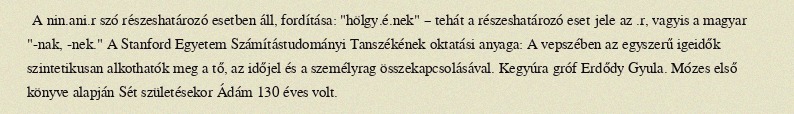
A nin.ani.r szó részeshatározó esetben áll, fordítása: "hölgy.é.nek" – tehát a részeshatározó eset jele az .r, vagyis a magyar "-nak, -nek." A Stanford Egyetem Számítástudományi Tanszékének oktatási anyaga: A vepszében az egyszerű igeidők szintetikusan alkothatók meg a tő, az időjel és a személyrag összekapcsolásával. Kegyúra gróf Erdődy Gyula. Mózes első könyve alapján Sét születésekor Ádám 130 éves volt.